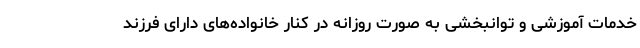
خدمات آموزشی و توانبخشی به صورت روزانه در کنار خانواده‌های دارای فرزند